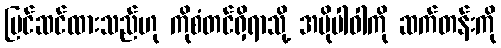
ပြင်ဆင်ထားသည်ဟု ကိုစံတင်ရှိရာသို့ အပိုပါဝါကို ဆက်တန်းကို